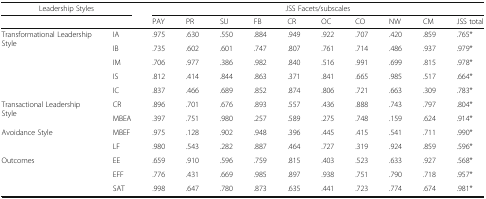
<table><thead><tr><td colspan="2"><b>Leadership Styles</b></td><td colspan="10"><b>JSS Facets/subscales</b></td></tr><tr><td></td><td></td><td><b>PAY</b></td><td><b>PR</b></td><td><b>SU</b></td><td><b>FB</b></td><td><b>CR</b></td><td><b>OC</b></td><td><b>CO</b></td><td><b>NW</b></td><td><b>CM</b></td><td><b>JSS total</b></td></tr></thead><tbody><tr><td rowspan="5">Transformational Leadership Style</td><td>IA</td><td>.975</td><td>.630</td><td>.550</td><td>.884</td><td>.949</td><td>.922</td><td>.707</td><td>.420</td><td>.859</td><td>.765*</td></tr><tr><td>IB</td><td>.735</td><td>.602</td><td>.601</td><td>.747</td><td>.807</td><td>.761</td><td>.714</td><td>.486</td><td>.937</td><td>.979*</td></tr><tr><td>IM</td><td>.706</td><td>.977</td><td>.386</td><td>.982</td><td>.840</td><td>.516</td><td>.991</td><td>.699</td><td>.815</td><td>.978*</td></tr><tr><td>IS</td><td>.812</td><td>.414</td><td>.844</td><td>.863</td><td>.371</td><td>.841</td><td>.665</td><td>.985</td><td>.517</td><td>.664*</td></tr><tr><td>IC</td><td>.837</td><td>.466</td><td>.689</td><td>.852</td><td>.874</td><td>.806</td><td>.721</td><td>.663</td><td>.309</td><td>.783*</td></tr><tr><td rowspan="2">Transactional Leadership Style</td><td>CR</td><td>.896</td><td>.701</td><td>.676</td><td>.893</td><td>.557</td><td>.436</td><td>.888</td><td>.743</td><td>.797</td><td>.804*</td></tr><tr><td>MBEA</td><td>.397</td><td>.751</td><td>.980</td><td>.257</td><td>.589</td><td>.275</td><td>.748</td><td>.159</td><td>.624</td><td>.914*</td></tr><tr><td rowspan="2">Avoidance Style</td><td>MBEF</td><td>.975</td><td>.128</td><td>.902</td><td>.948</td><td>.396</td><td>.445</td><td>.415</td><td>.541</td><td>.711</td><td>.990*</td></tr><tr><td>LF</td><td>.980</td><td>.543</td><td>.282</td><td>.887</td><td>.464</td><td>.727</td><td>.319</td><td>.924</td><td>.859</td><td>.596*</td></tr><tr><td rowspan="3">Outcomes</td><td>EE</td><td>.659</td><td>.910</td><td>.596</td><td>.759</td><td>.815</td><td>.403</td><td>.523</td><td>.633</td><td>.927</td><td>.568*</td></tr><tr><td>EFF</td><td>.776</td><td>.431</td><td>.669</td><td>.985</td><td>.897</td><td>.938</td><td>.751</td><td>.790</td><td>.718</td><td>.957*</td></tr><tr><td>SAT</td><td>.998</td><td>.647</td><td>.780</td><td>.873</td><td>.635</td><td>.441</td><td>.723</td><td>.774</td><td>.674</td><td>.981*</td></tr></tbody></table>